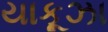
યાકૂઝા